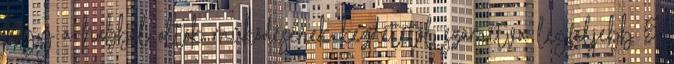
hogy a habbal oltók mûködésének kezdetétõl számítva legfeljebb 5